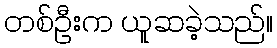
တစ်ဦးက ယူဆခဲ့သည်။